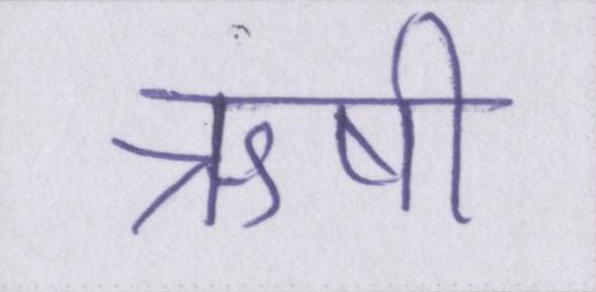
ऋषी